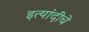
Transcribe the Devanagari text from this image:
इत्यांदींचे